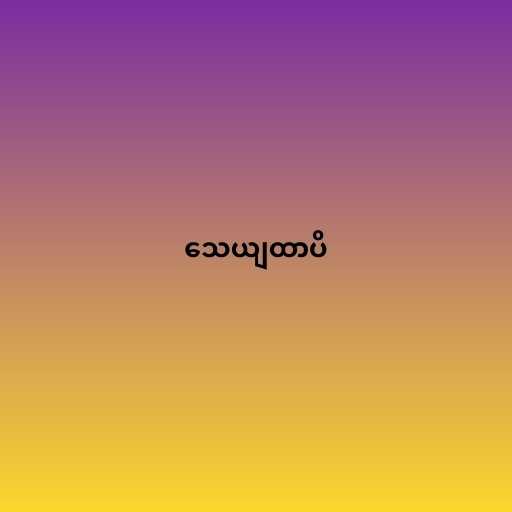
သေယျထာပိ